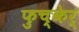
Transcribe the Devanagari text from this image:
फुच्केर्